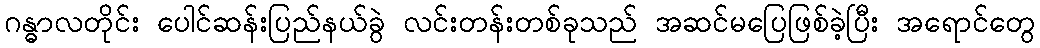
ဂန္ဓာလတိုင်း ပေါင်ဆန်းပြည်နယ်ခွဲ လင်းတန်းတစ်ခုသည် အဆင်မပြေဖြစ်ခဲ့ပြီး အရောင်တွေ